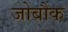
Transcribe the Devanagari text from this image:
जोबौक